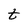
Character: t